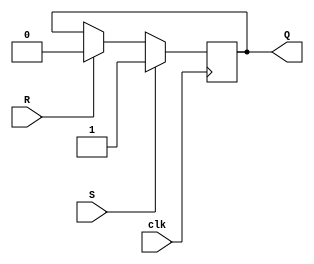
module sr_ff (
    input S, // Set signal
    input R, // Reset signal
    input clk, // Clock signal
    output reg Q // Output
);

always @(posedge clk) begin
    if (S) begin
        Q <= 1;
    end
    else if (R) begin
        Q <= 0;
    end
end

endmodule